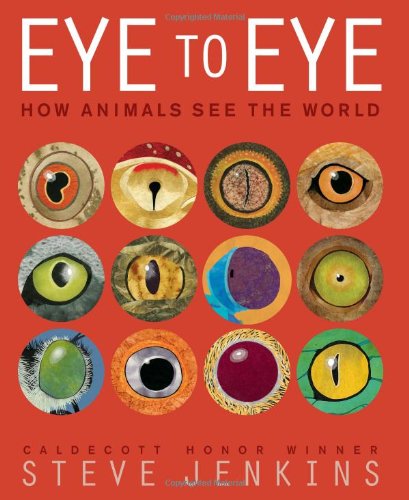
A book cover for Eye to Eye: How Animals See The World; Steve Jenkins; Children's Books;